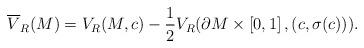
LaTeX: \begin{align*}\overline{V}_R(M) = V_R(M,c) - \frac{1}{2}V_R(\partial M \times \left[0,1 \right], (c,\sigma(c)) ).\end{align*}